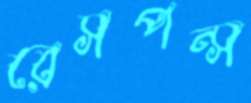
রেসপন্স